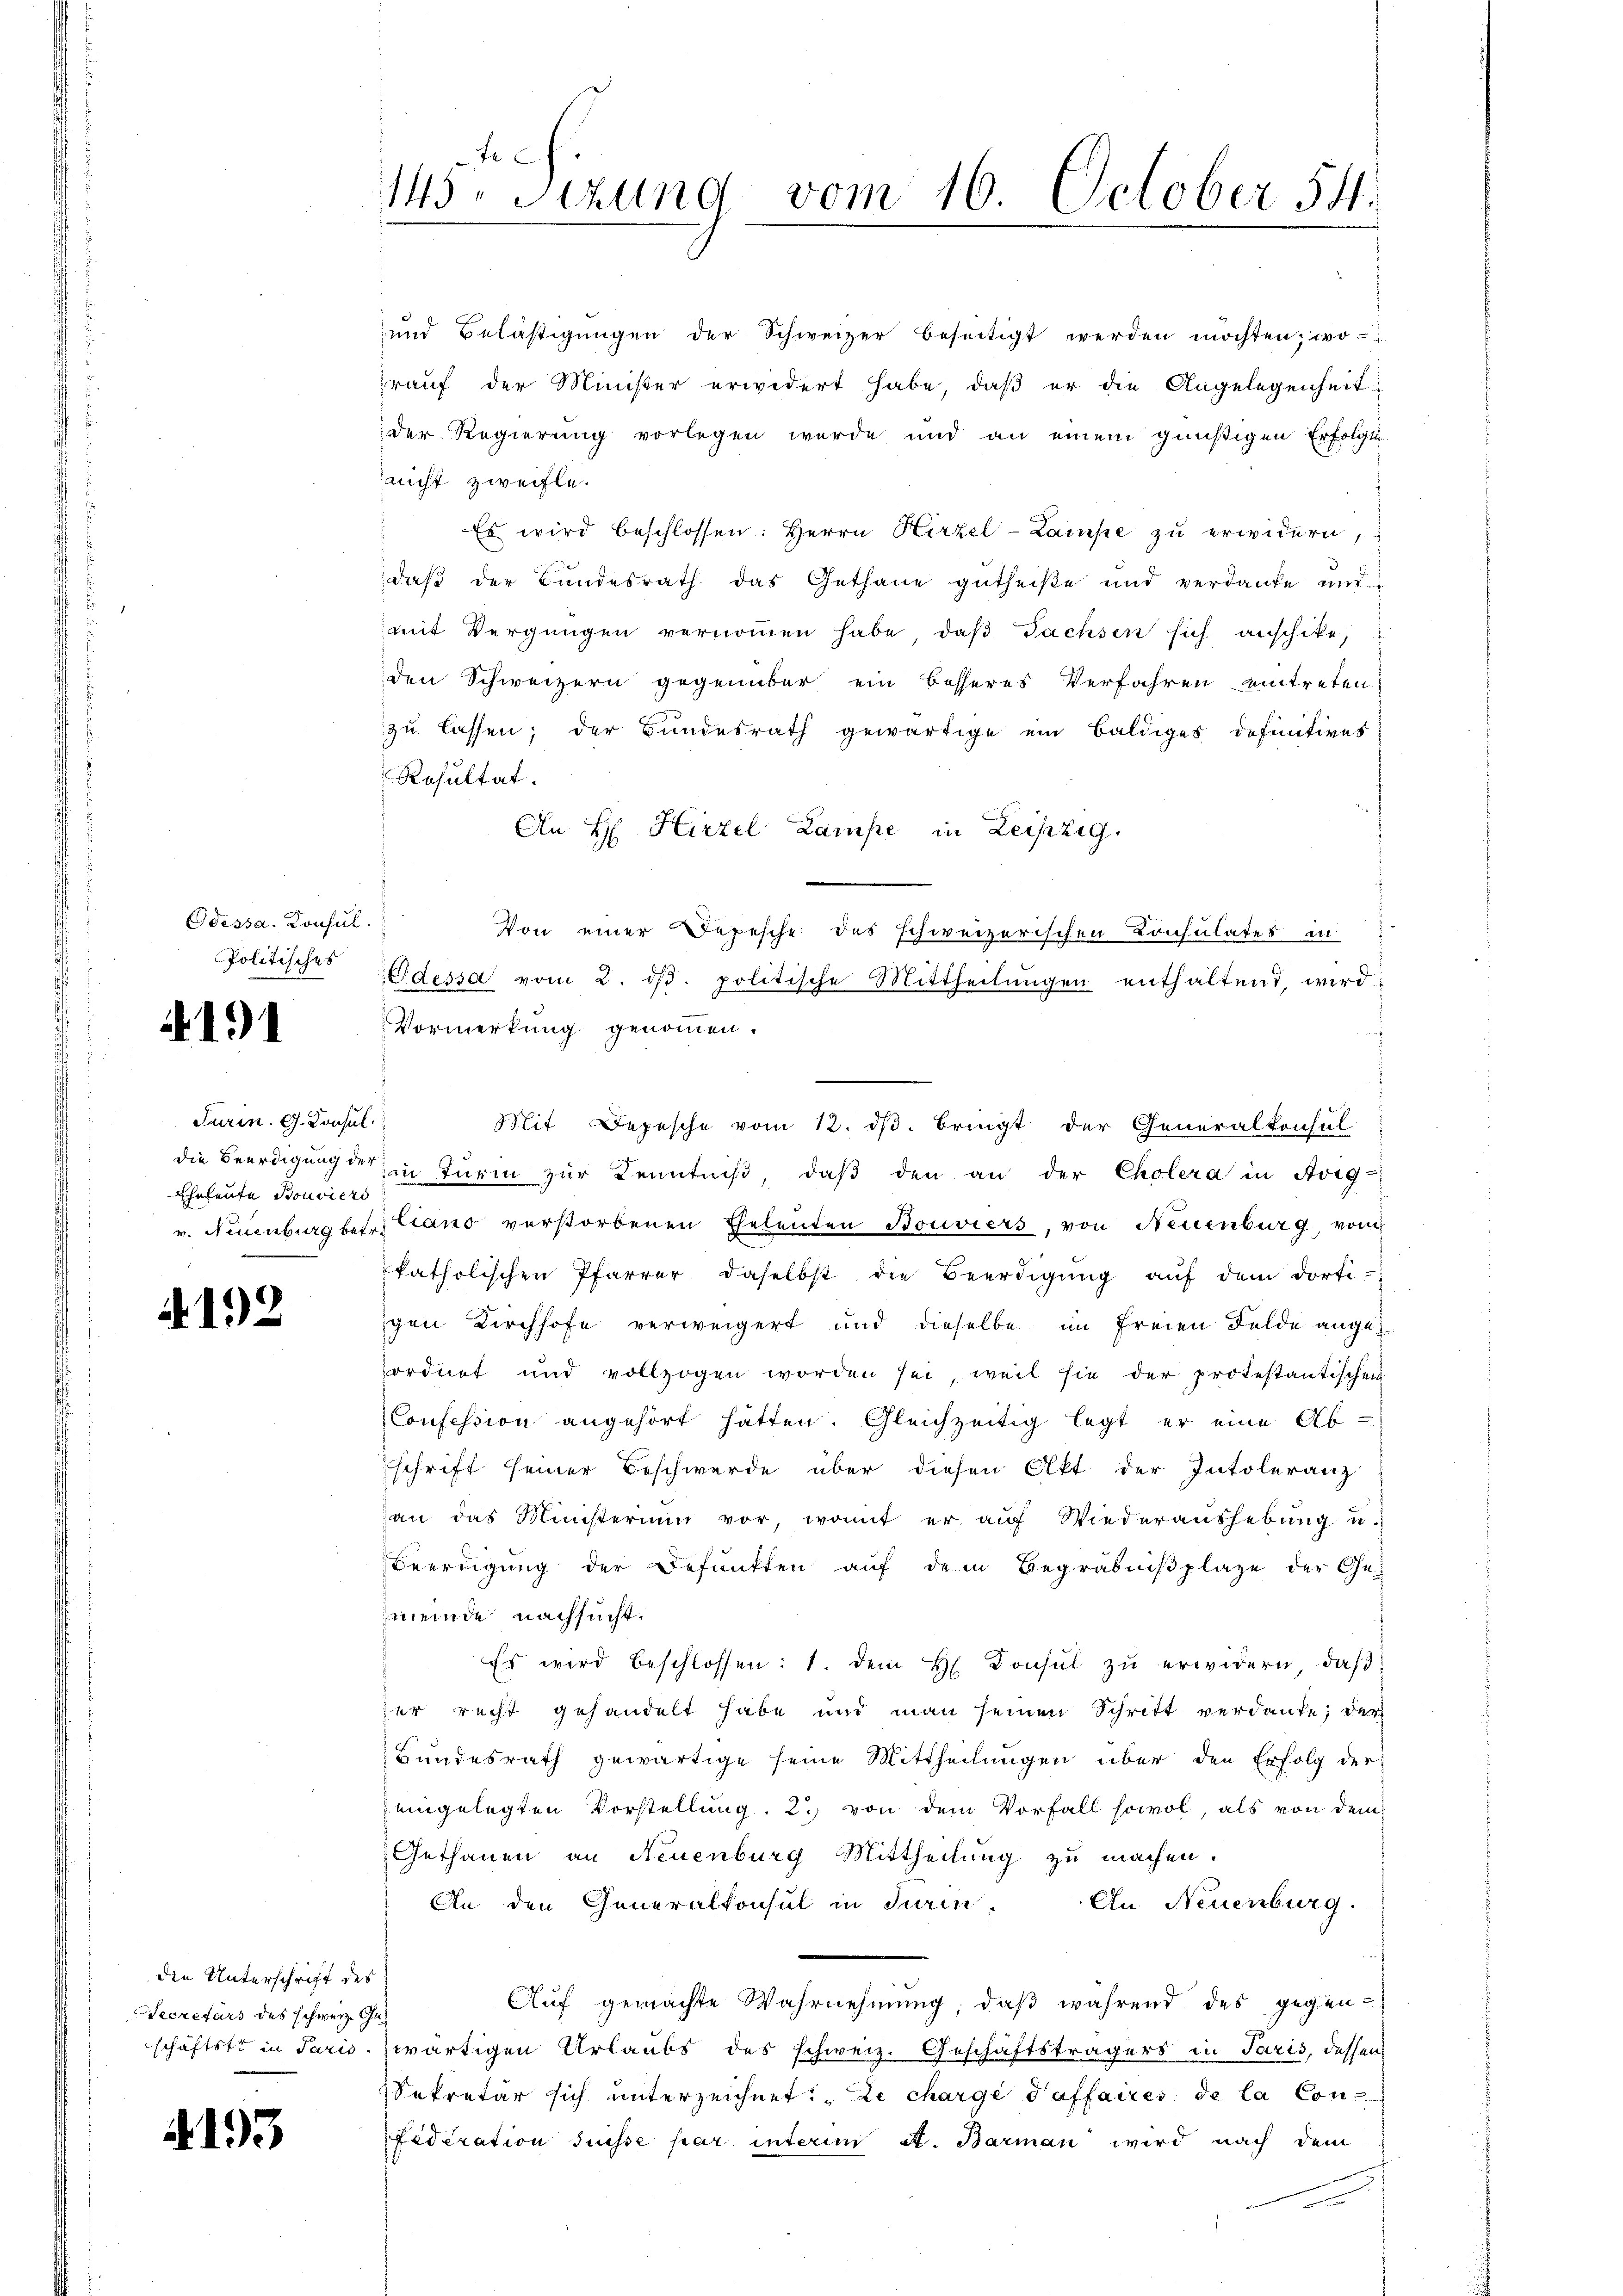
Odessa. Konsul
Politisches

191

Turin. G. Konsul
Eheleute Bouviers

4192

die Unterschrift des
Secretärs des schweiz. Ge¬

4193

145. Sizung vom 16. October 54.

und Belästigungen der Schweizer beseitigt werden möchten; wo-
rauf der Minister erwidert habe, daß er die Angelegenheit
der Regierung vorlegen wurde und an einem güüßigen Erfolgte
nicht zweifle.
 Es wird beschlossen: Herrn Hirzel-Lampe zŭ erwidern,
daß der Bundesrath das Gethane gutheiße und verdanke und
mit Vergnügen vernommen habe, daß Fachsen sich anschike,
den Schweizern gegenüber ein besseres Verfahren eintreten.
zu lassen; der Bundesrath gewärtige ein baldiges definitives
Resultat.
An H Hirzel Lampe in Leipzig.
.
Von einer Depesche des schweizerischen Consulates in
Odessa vom 2. dβ. politische Mittheilŭngen enthaltend, wird
Vormerkung genommen.
Mit Depesche vom 12. dβ. bringt der Generalkonsul-
die Beerdigung der in Turm zur Kenntniß, daβ den an der Cholera in Arg-
v. Neuenburg betr. Claus verstorbenen Eheleuten Bouviers, von Neuenburg, vom
katholischen Pfarrer, daselbst die Beerdigung auf dem dorti-
igen Kirchhofe verweigert und dieselbe im freien Felde angeordnet und vollzogen worden sei, weil sie der protestantischen
Confession angehört hätten. Gleichzeitig legt er eine Abschrift seiner Beschwerde über diesen Akt der Intoleranz
han das Ministerium vor, womit er aŭf Wiederaushebŭng u.
Beerdigung der Befunkten auf dem Begräbniβplaze der Ge-
meinde nachsucht.
Es wird beschlossen: 1. dem H. Konsul zŭ erwidern, daß
er recht gehandelt habe und man seinen Schritt verdanke, der
Bundesrath gewärtige seine Mittheilungen über den Erfolg der
eingelegten Vorstellung. 2. von dem Vorfall sowol, als von dem
Gethanen an Neuenburg Mittheilung zu machen.
An den Generalkonsul in Turin. An Neuenburg.
Auf gemachte Wahrnehmung, daß während des gegen-
schäftste in Paris zwärtigen Urlaubs des schweiz. Geschäftsträgers in Paris, dessen
Sekretär sich unterzeichnet: „Le charge daffaires de la Con
Fideration suisse par unterim St. Barman wird nach dem
n